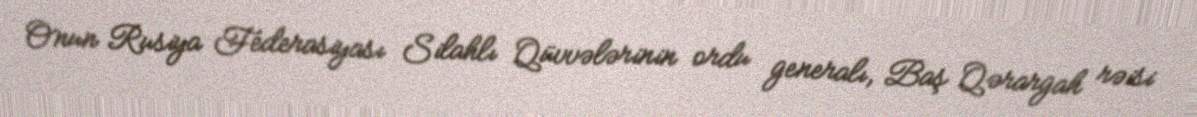
Onun Rusiya Federasiyası Silahlı Qüvvələrinin ordu generalı, Baş Qərargah rəisi